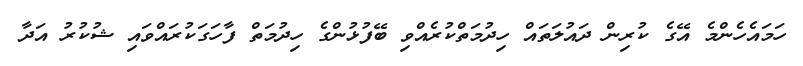
ހަމައެހެންމެ އޭގެ ކުރިން ދައުލަތައް ހިދުމަތްކުރެއްވި ބޭފުޅުންގެ ހިދުމަތް ފާހަގަކުރައްވައި ޝުކުރު އަދާ